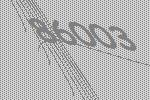
86003